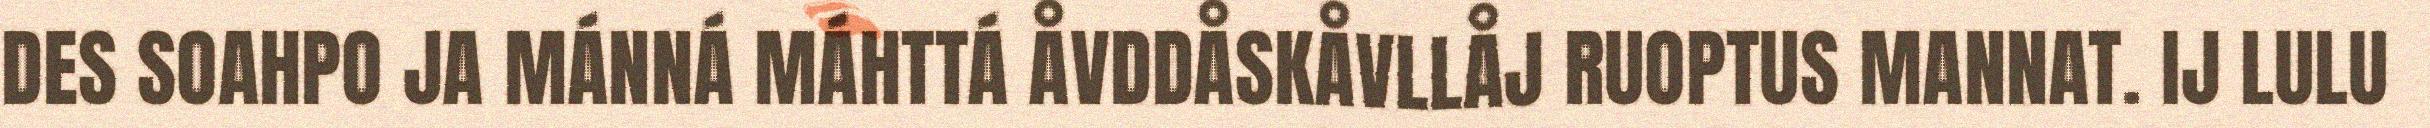
DES SOAHPO JA MÁNNÁ MÁHTTÁ ÅVDDÅSKÅVLLÅJ RUOPTUS MANNAT. IJ LULU